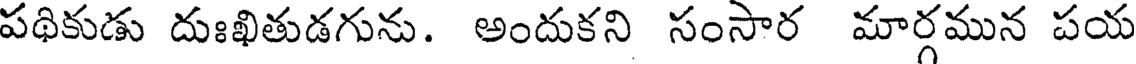
పథికుడు దుఃఖితుడగును. అందుకని సంసార మార్గమున పయ